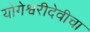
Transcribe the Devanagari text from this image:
योगेश्वरीदेवीचा